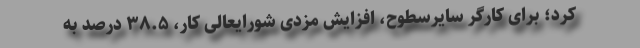
کرد؛ برای کارگر سایرسطوح، افزایش مزدی شورایعالی کار، ۳۸.۵ درصد به